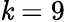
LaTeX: \mathit{k}=9